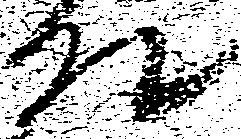
殿